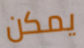
يمكن